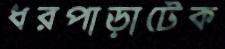
ধরপাড়াটেক